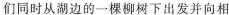
们同时从湖边的一棵柳树下出发并向相